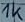
Text: 1K